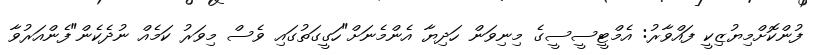
ފުންކޮށްމިޔުޒިކީ ފައްވާރު: އެމްޓީސީސީގެ މިނިވަން ހަދިޔާ އެންމެނަށް"ހަގީގަތުގައި ވެސް މިވަރު ކަމެއް ނުދެކެން"ފެންއަރުވާ